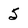
Character: 5